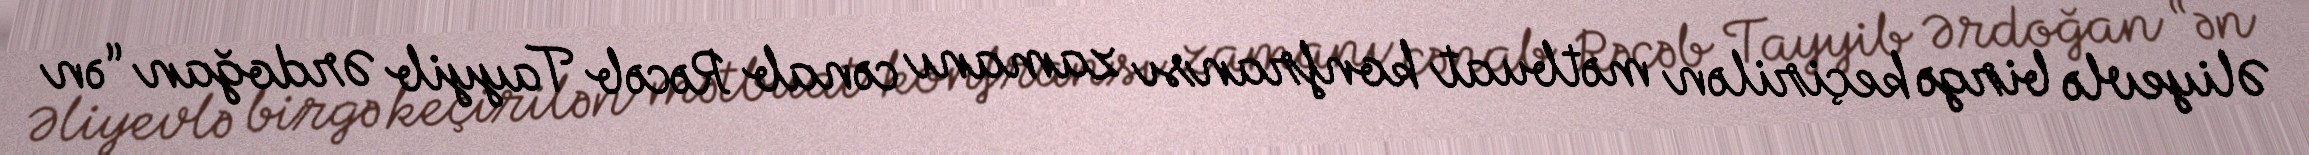
Əliyevlə birgə keçirilən mətbuat konfransı zamanı cənab Rəcəb Tayyib Ərdoğan “ən